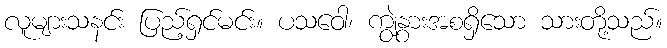
လူများသနင်း ပြည့်ရှင်မင်း။ ပသဝေါ၊ ကျွဲနွားအစရှိသော သားတို့သည်။